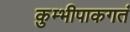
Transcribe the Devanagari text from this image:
कुम्भीपाकगतं